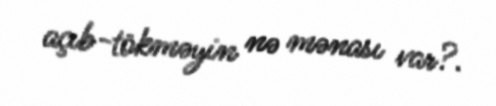
açıb-tökməyin nə mənası var?.